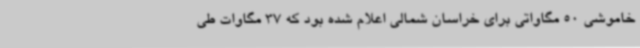
خاموشی 50 مگاواتی برای خراسان شمالی اعلام شده بود که 37 مگاوات طی